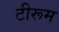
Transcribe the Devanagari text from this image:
टीरूम